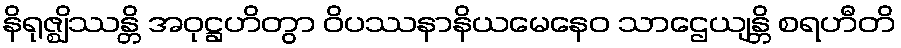
နိရုဇ္ဈိဿန္တိ အဝုဋ္ဌဟိတွာ ဝိပဿနာနိယမေနေဝ သာဌေယျန္တိ စရဟီတိ